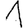
Digit: 1